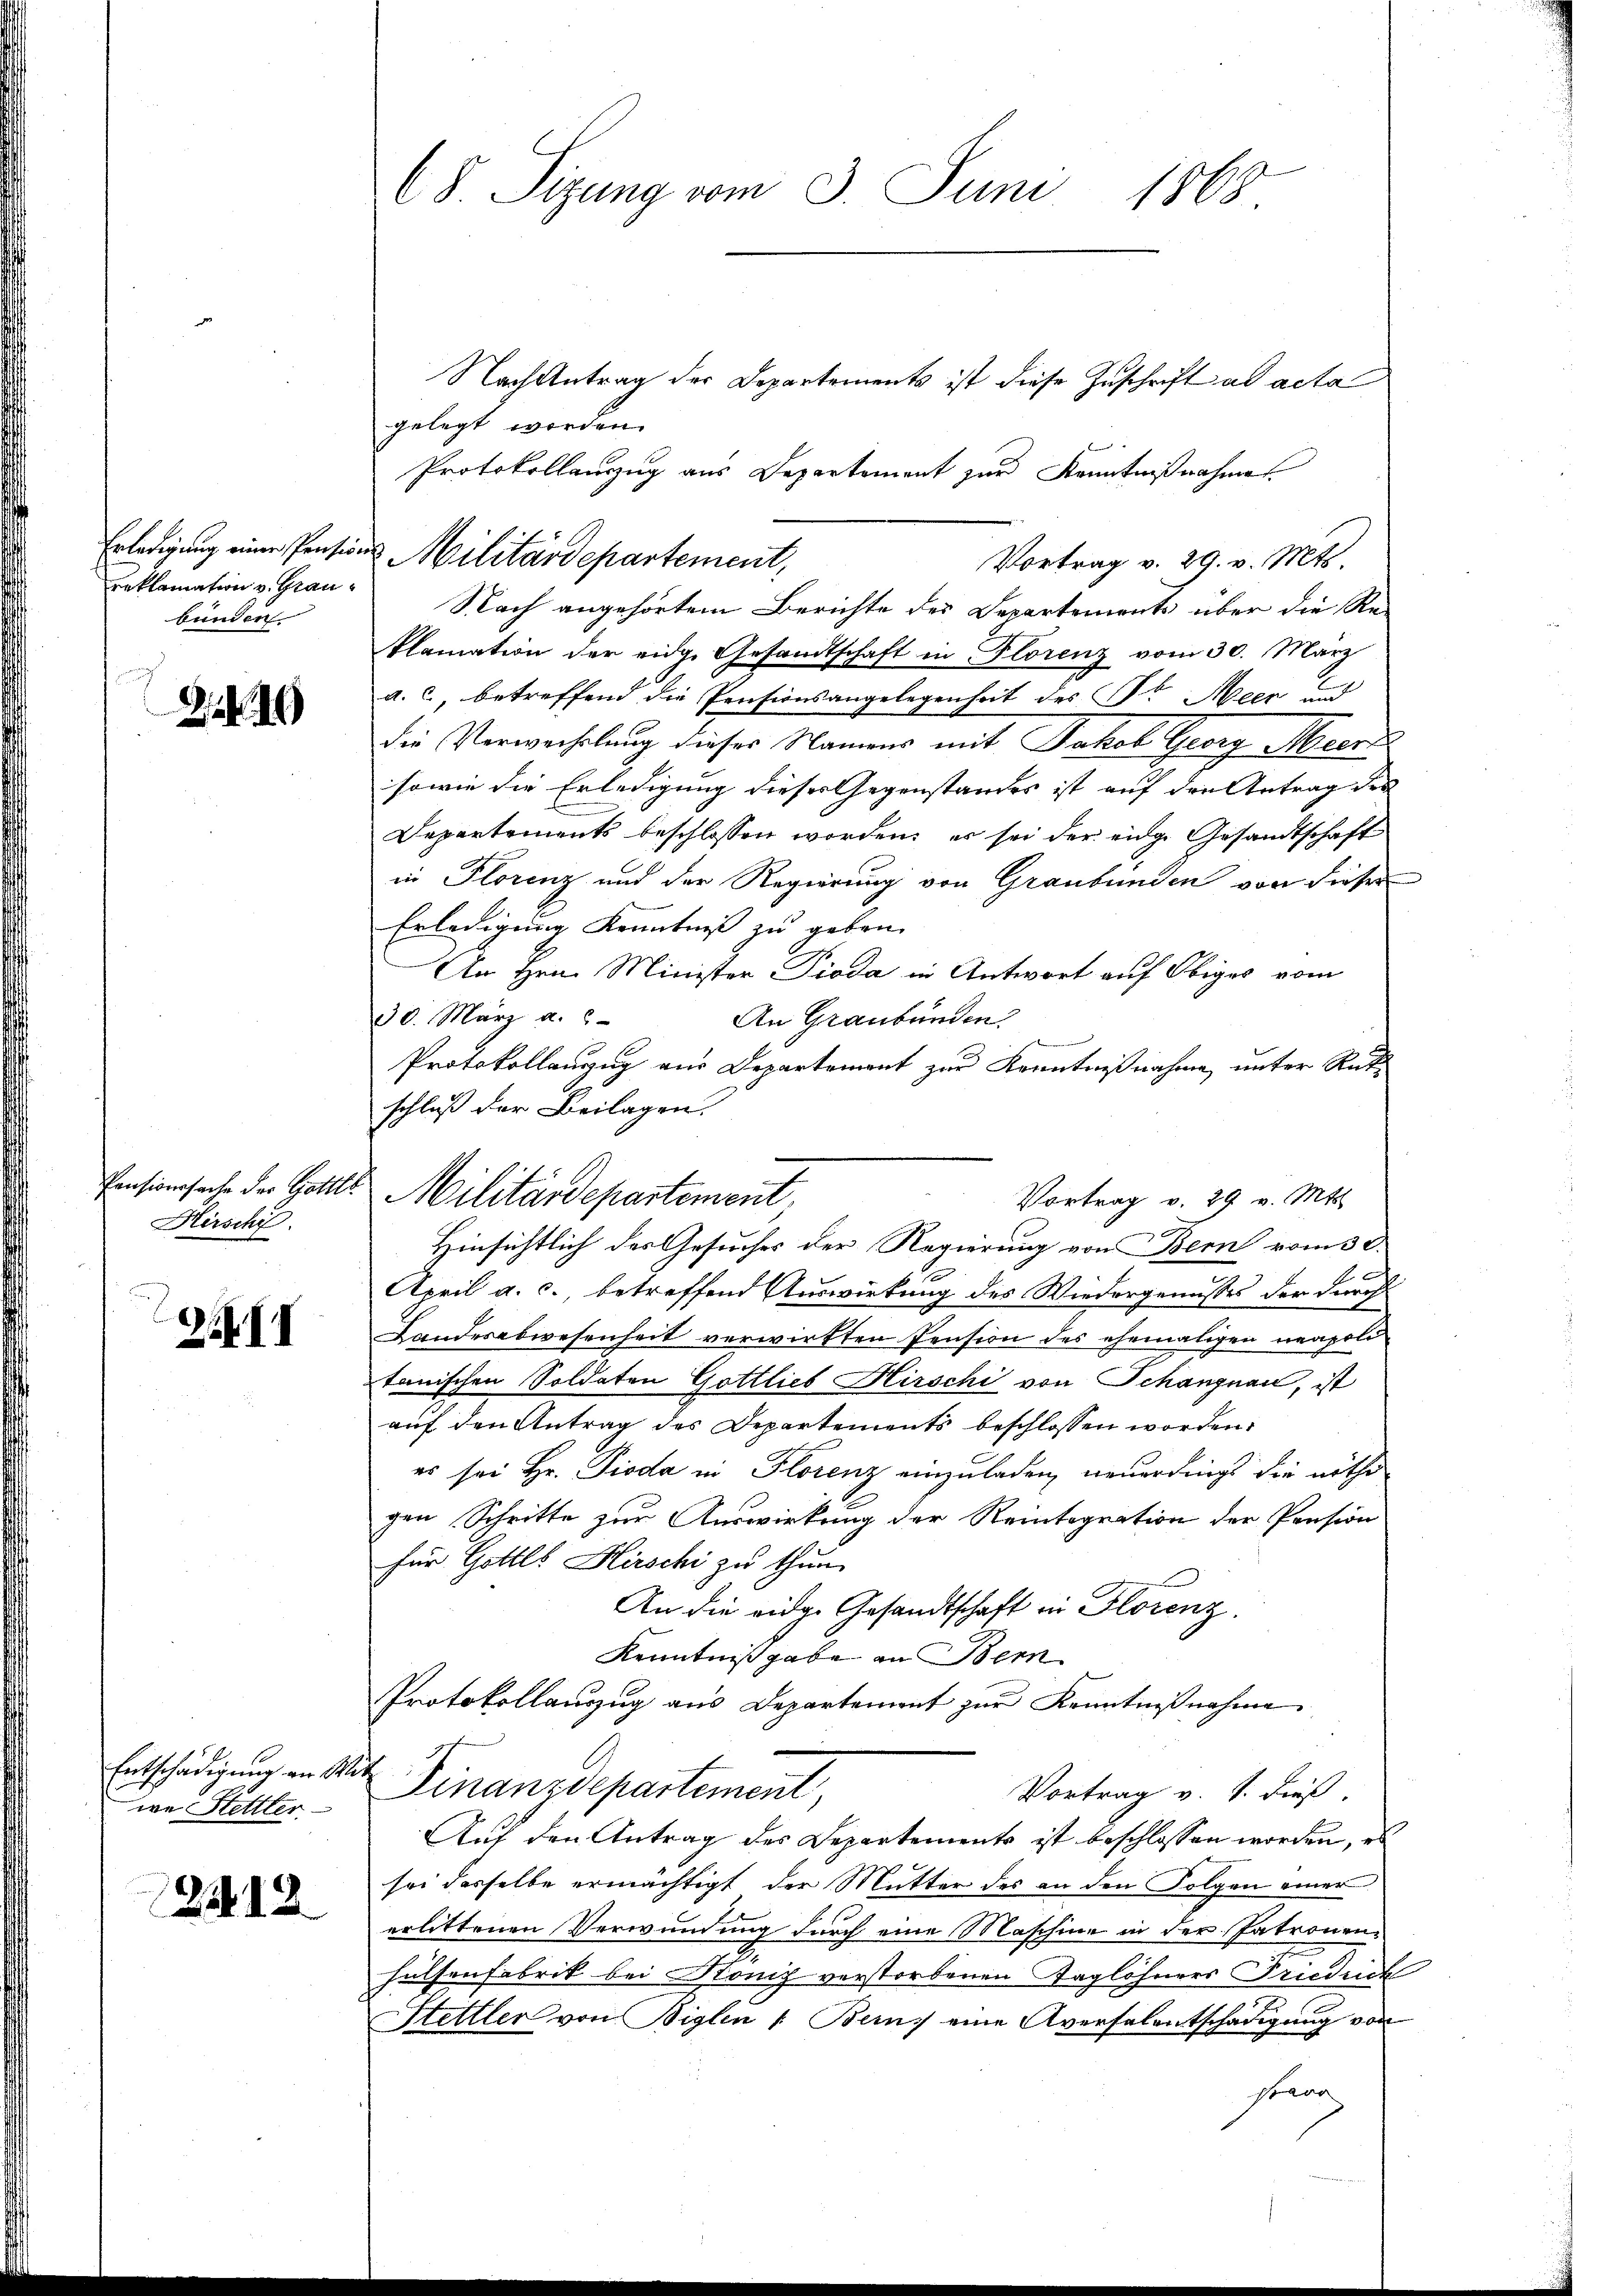
Erledigung einer Pension
reklamation v. Graubunden

.

Pensionssache der Gottli
Kirschi

Z II

Entschädigung an Mo
we Hettter

2212

68 Sizung vom 3. Juni 1868.

Nachantrag der Departements ist diese Zuschrift ad acta
gelegt worden.
Protokollanzug aus Departement zur Kenntnißnahme
Vortrag v. 29. v. Mts.
Nach angehörtem Berichte des Departements über die Re-
Alamation der eidg. Gesandtschaft in Florenz vom 30. März
a. c., betreffend die Pensionsangelegenheit des St. Meer und
die Verwechselung dieses Namens mit Jakob Georg Meiers
sowie die Erledigung dieses Gegenstandes ist auf den Antrag des
Departements beschlossen worden; es sei der eidge Gesandtschaft
in Florenz und der Regierung von Graubünden von dieser
Erledigung Kenntniß zu geben.
An Hrn. Minister Pioda in Antwort auf Obiges vom
30. März a.
An Graubünden.
Protokollanzug aus Departement zur Kenntnißnahme, unter Rüt
schluß der Beilagen.

Hinsichtlich des Gesuches der Regierung von Bern vom 3 l.
E
April a. c. betreffend Auswirkung des Wiedergenusses der durch
Landesabwesenheit verwirkten Pension des ehemaligen neapoli
tanischen Soldaten Gottlieb Hirschi von Schanznau, ist
auf den Antrag des Departements beschlossen worden.
es sei Hr. Pioda in Florenz einzuladen, neuerdings die nöthi
gen Schritte zur Auswirkung der Reintegration der Pension
für Gottes Hirschi zu thun.
An die eidg. Gesandtschaft in Florenz
Kenntniß gabe in Bern
Protokollanzug aus Departement zur Kenntnißnahme
Finanzdepartement,
Vortrag v. S. dieß.
Auf den Antrag des Departements ist beschlossen worden, es
sei dasselbe ermächtigt der Mutter des an den Folgen einer
erlittenen Verwundung durch eine Maschine in der Patronen-
Hülsenfabrik bei Stonig verstorbenen Taglöhners Frieduck
Hettler von Biglen : Bern, eine Aversalentschädigung von
Herr

Militärdepartement,

Militärdepartement,

Vortrag v. 29 v. Mts.